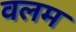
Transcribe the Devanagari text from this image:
वलम